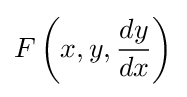
F\left(x,y,{dy \over dx}\right)